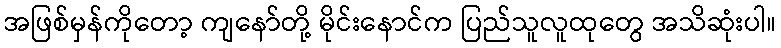
အဖြစ်မှန်ကိုတော့ ကျနော်တို့ မိုင်းနောင်က ပြည်သူလူထုတွေ အသိဆုံးပါ။